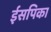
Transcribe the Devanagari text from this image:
ईसपिका